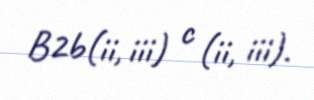
B2b(ii, iii) c (ii, iii).